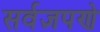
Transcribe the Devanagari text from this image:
सर्वज्ञपणे